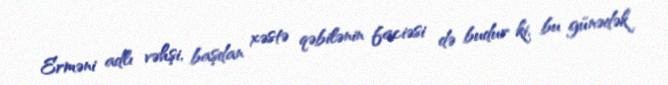
Erməni adlı vəhşi, başdan xəstə qəbilənin faciəsi də budur ki, bu günədək